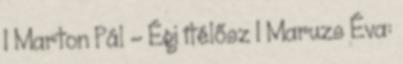
1 Marton Pál – Égi ítélősz 1 Maruzs Éva: